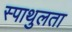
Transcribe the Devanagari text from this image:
स्पाथुलता